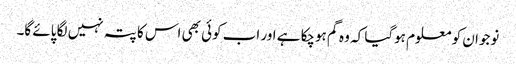
نوجوان کو معلوم ہوگیا کہ وہ گم ہوچکا ہے اور اب کوئی بھی اس کا پتہ نہیں لگا پائے گا۔